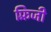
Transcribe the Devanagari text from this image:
फ़्रिजी